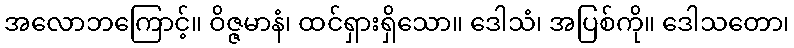
အလောဘကြောင့်။ ဝိဇ္ဇမာနံ၊ ထင်ရှားရှိသော။ ဒေါသံ၊ အပြစ်ကို။ ဒေါသတော၊